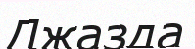
Джазда